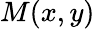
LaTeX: M(x,y)